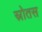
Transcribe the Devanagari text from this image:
स्रोतस